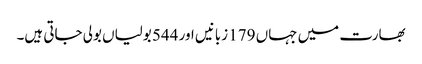
بھارت میں جہاں 179 زبانیں اور 544 بولیاں بولی جاتی ہیں۔